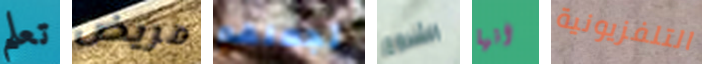
تعلم مريض تجعلهم الشروع انها التلفزيونية